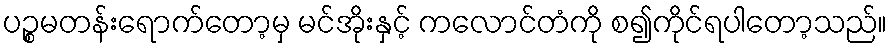
ပဉ္စမတန်းရောက်တော့မှ မင်အိုးနှင့် ကလောင်တံကို စ၍ကိုင်ရပါတော့သည်။